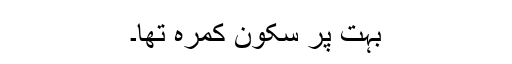
بہت پُر سکون کمرہ تھا۔